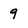
Character: 9